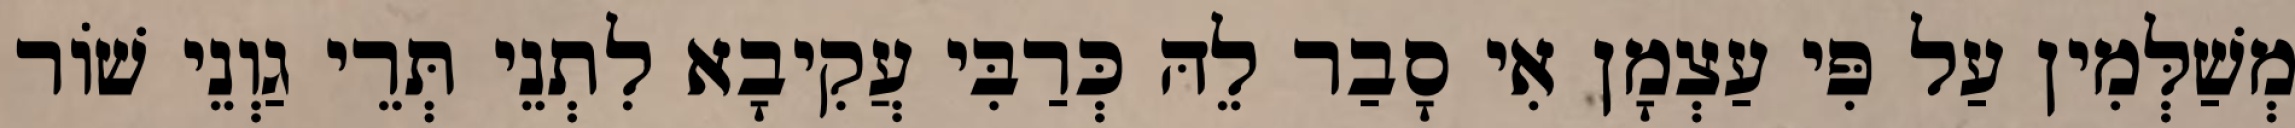
מְשַׁלְּמִין עַל פִּי עַצְמָן אִי סָבַר לֵהּ כְּרַבִּי עֲקִיבָא לִתְנֵי תְּרֵי גַוְנֵי שׁוֹר